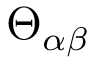
\Theta _ { \alpha \beta }